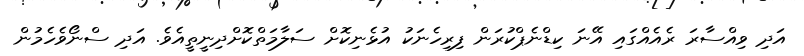
އަދި ވިއްސާރަ ރެއެއްގައި އޭނަ ކިޑްނެޕްކުރަން ފިރިހެނަކު އުޅެނިކޮށް ސަލާމަތްކޮށްދިނީތީއެވެ. އަދި ސްނޯވެހެމުން